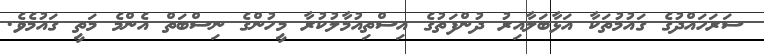
ސަރަހައްދުގެ ގައުމުތަކާ އަޅާބަލާއިރު ދުންފަތުގެ އިސްތިއުމާލުކުރާ މީހުންގެ ނިސްބަތް އެންމެ މަތީ ގައުމެވެ.